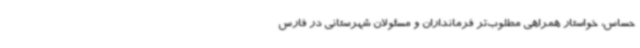
حساس، خواستار همراهی مطلوب‌تر فرمانداران و مسئولان شهرستانی در فارس